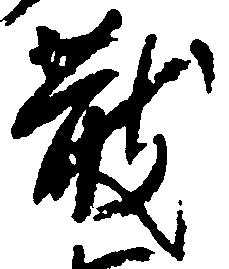
散